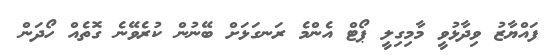
ފައްޔާޒު ވިދާޅުވީ މާމިގިލީ ޕޯޓް އެންމެ ރަނގަޅަށް ބޭނުން ކުރެވޭނެ ގޮތެއް ހޯދަން